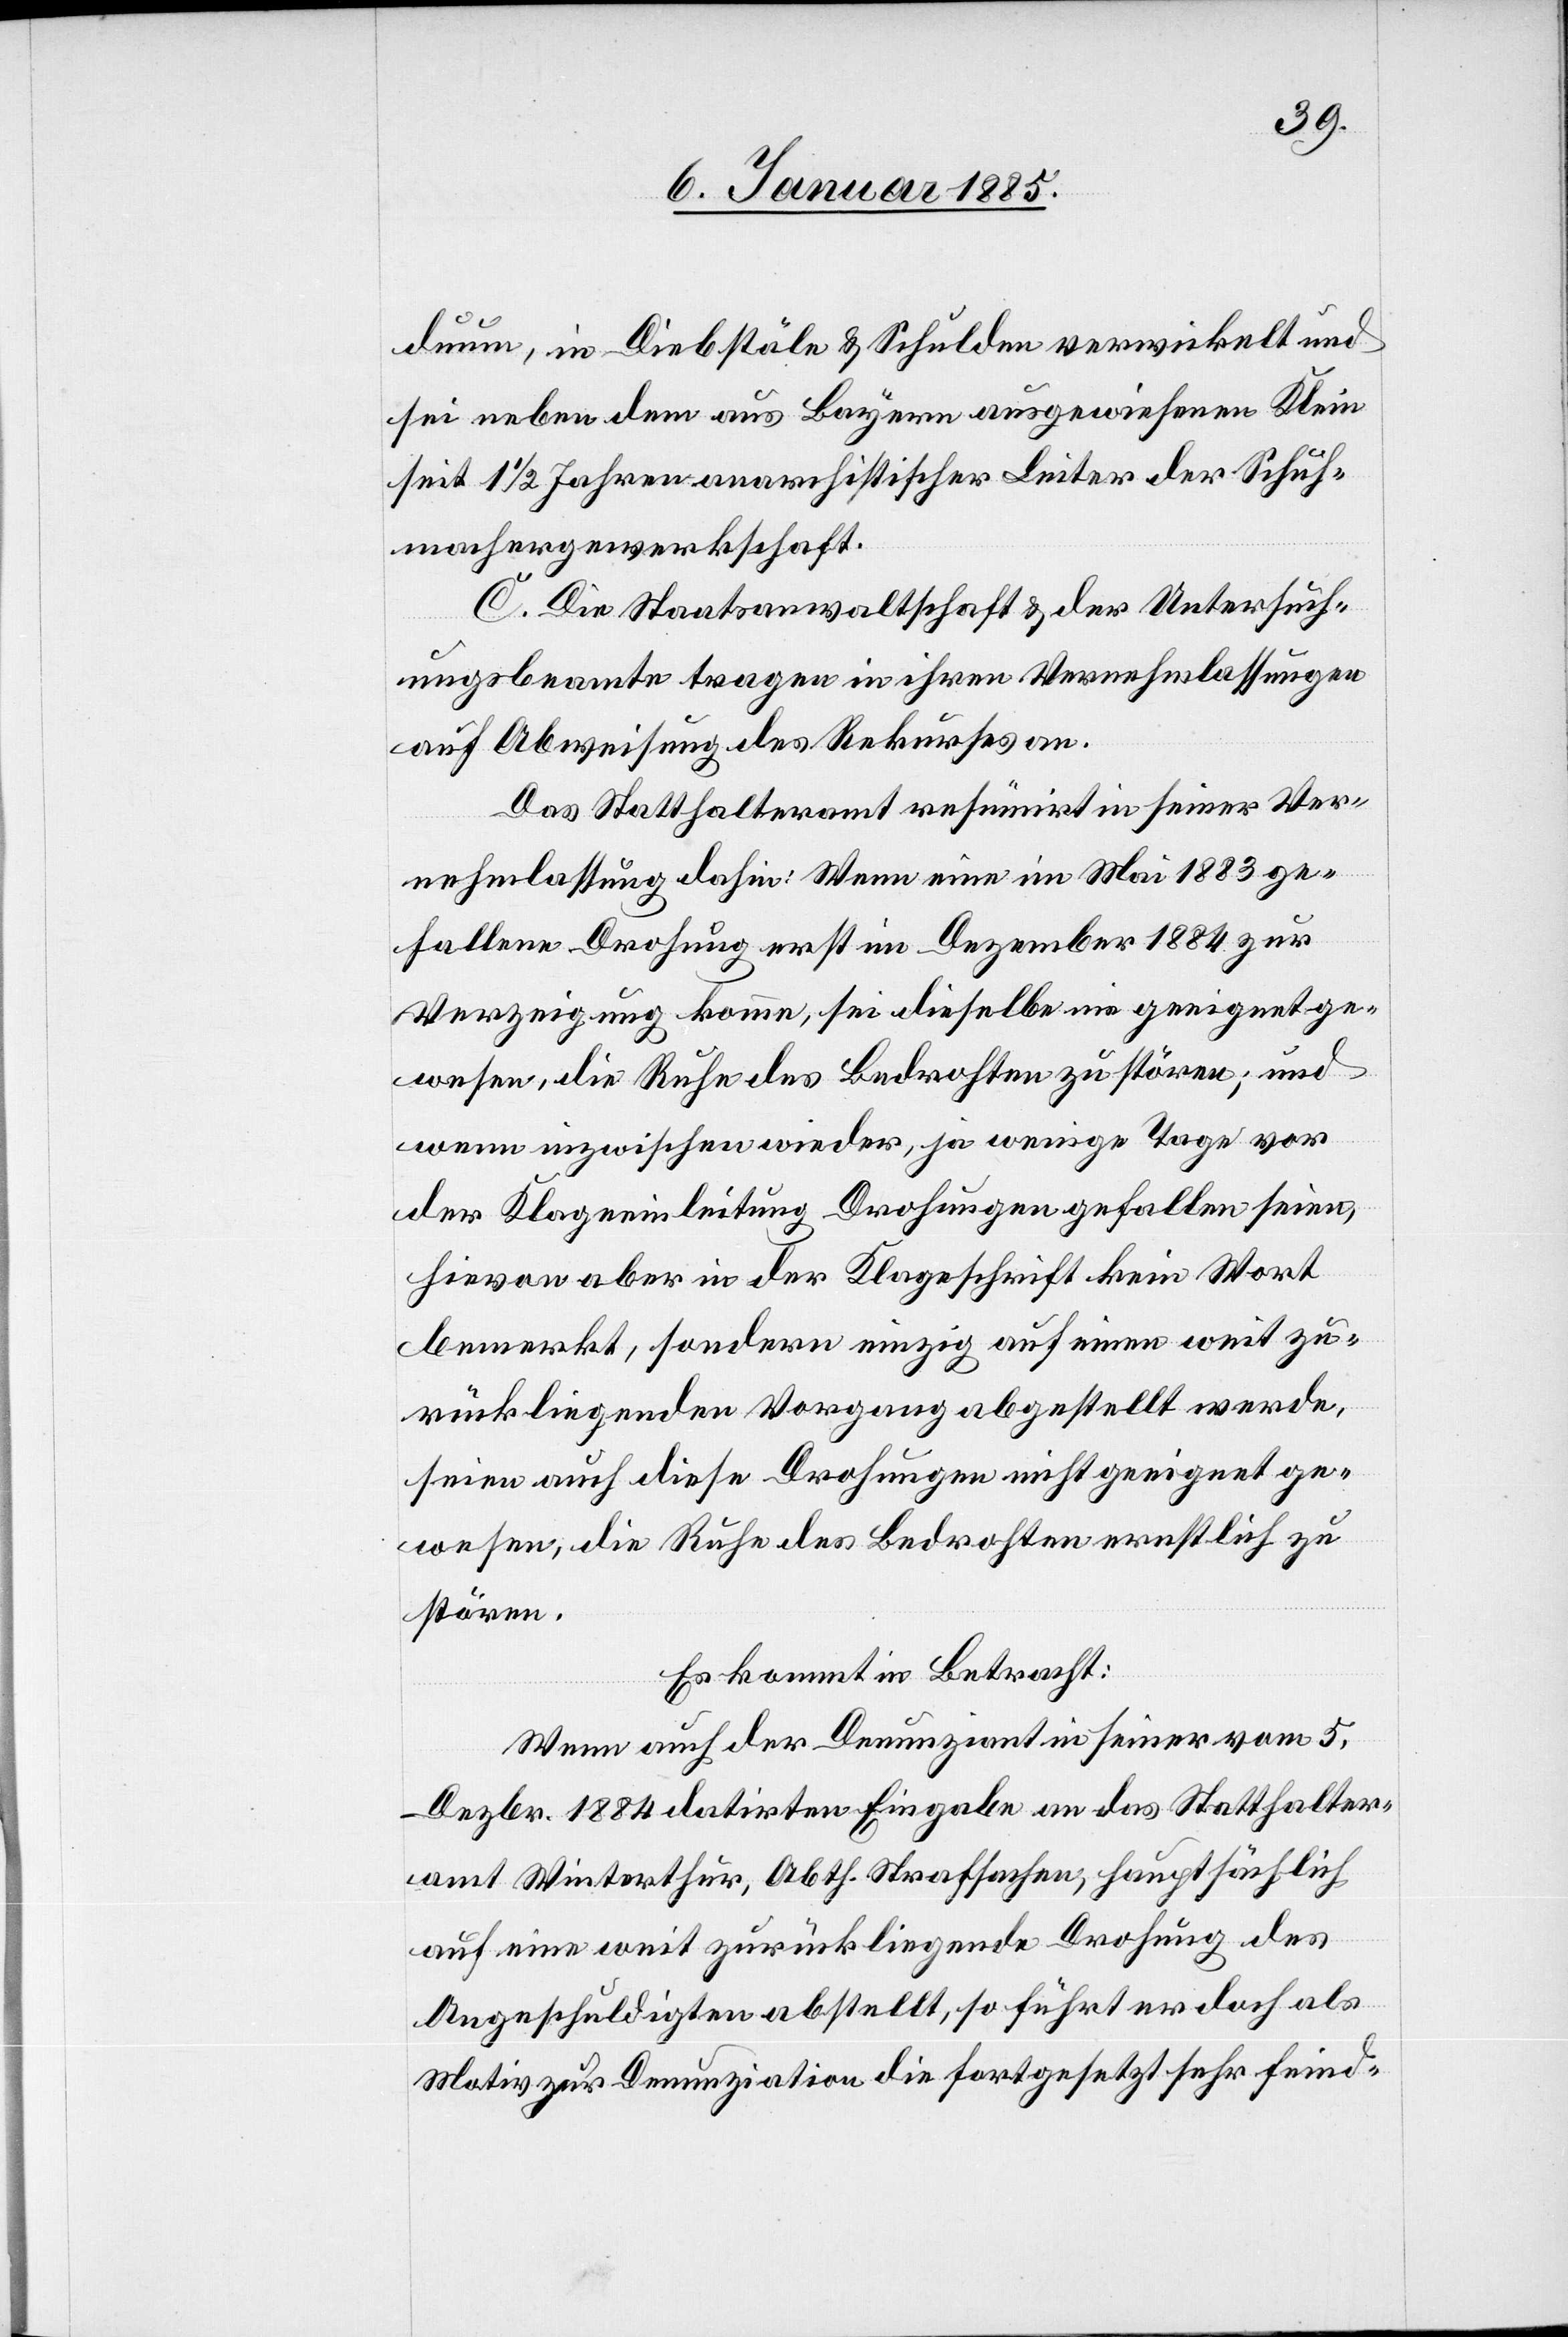
duum, in Diebstäle & Schulden verwickelt und
sei neben dem aus Bayern ausgewiesenen Klein
seit 1 1/2 Jahren anarchistischer Leiter der Schuh¬
machergewerkschaft.
C. Die Staatsanwaltschaft & der Untersuch¬
ungsbeamte tragen in ihren Vernehmlassungen
auf Abweisung des Rekurses an.
Das Statthalteramt resümirt in seiner Ver¬
nehmlassung dahin: Wenn eine im Mai 1883 ge¬
fallene Drohung erst ein Dezember 1884 zur
Verzeigung komme, sei dieselbe nie geeignet ge¬
wesen, die Ruhe des Bedrohten zu stören; und
wenn inzwischen wieder, ja wenige Tage vor
der Klageeinleitung Drohungen gefallen seien,
hievon aber in der Klageschrift kein Wort
bemerkt, sondern einzig auf einen weit zu¬
rückliegenden Vorgang abgestellt werde,
seien auch diese Drohungen nicht geeignet ge¬
wesen, die Ruhe des Bedrohten ernstlich zu
stören.
Es kommt in Betracht:
Wenn auch der Denunziant in seiner vom 5.
Dezbr. 1884 datirten Eingabe an das Statthalter¬
amt Winterthur, Abth. Strafsachen, hauptsächlich
auf eine weit zurückliegende Drohung des
Angeschuldigten abstellt, so führt er doch als
Motiv zur Denunziation die Fortgesetzt sehr feind-